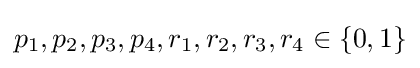
p_{1},p_{2},p_{3},p_{4},r_{1},r_{2},r_{3},r_{4}\in \{0,1\}